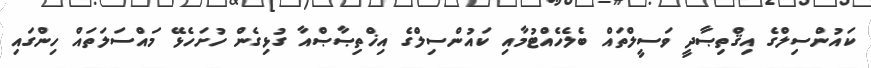
ކައުންސިލްގެ އިޤްތިޞާދީ ވަސީލްތައް ބެލެހެއްޓުމާއި ކައުންސިލްގެ އިޚްތިޞާޞްއާ ގުޅިގެން ހުށަހެޅޭ މައްސަލަތައް ހިންގައި